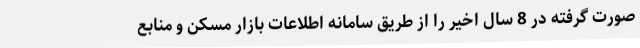
صورت گرفته در 8 سال اخیر را از طریق سامانه اطلاعات بازار مسکن و منابع